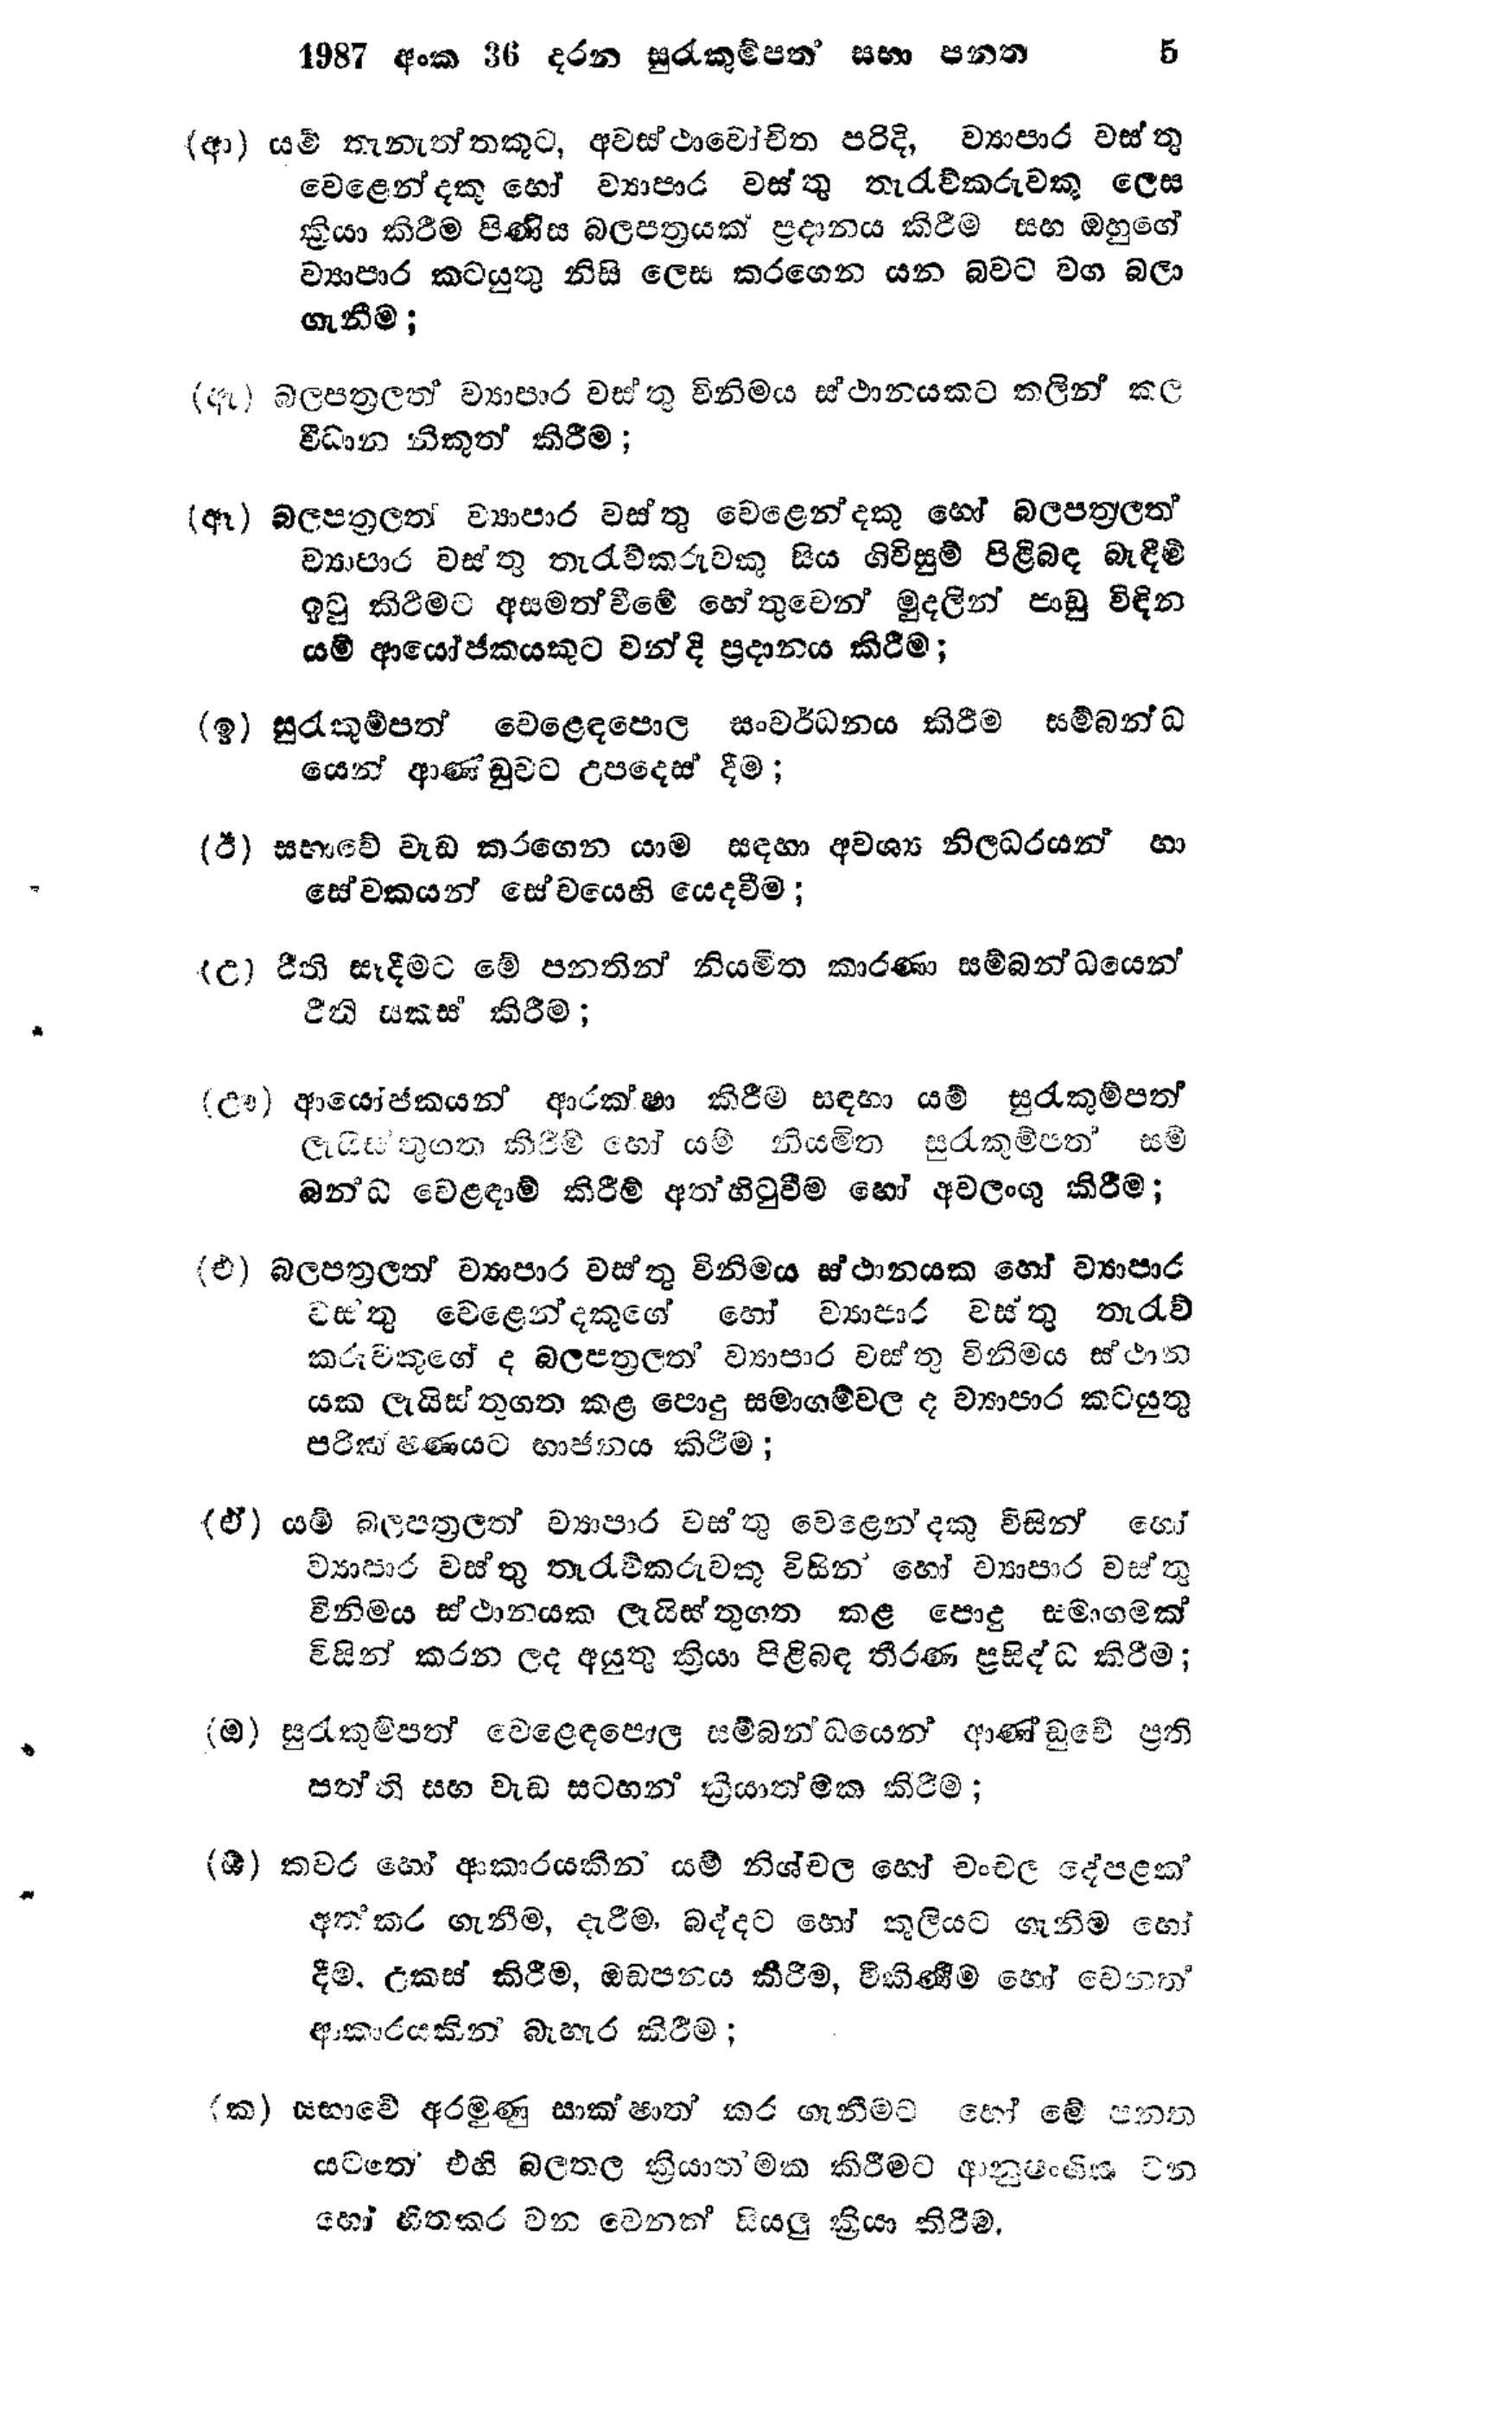
1987 අංක 36 දරන සුරැකුම්පත් සභා පනත 5

(ආ) යම් තැනැත්තකුට, අවස්ථාවෝචිත පරිදි, ව්‍යාපාර වස්තු
වෙළෙන්දකු හෝ ව්‍යාපාර වස්තු තැරැව්කරුවකු ලෙස
ක්‍රියා කිරීම පිණිස බලපත්‍රයක් ප්‍රදානය කිරීම සහ ඔහුගේ
ව්‍යාපාර කටයුතු නිසි ලෙස කරගෙන යන බවට වග බලා
ගැනීම;

(ඇ) බලපත්‍රලත් ව්‍යාපාර වස්තු විනිමය ස්ථානයකට කලින් කල
විධාන නිකුත් කිරීම;

(ඈ) බලපත්‍රලත ව්‍යාපාර වස්තු වෙළෙන්දකු හෝ බලපත්‍රලත්
ව්‍යාපාර වස්තු තැරැව්කරුවකු සිය ගිවිසුම් පිළිබඳ බැඳීම්
ඉටු කිරීමට අසමත්වීමේ හේතුවෙන් මුදලින් පාඩු විඳින
යම් ආයෝජකයකුට වන්දි ප්‍රදානය කිරීම;

(ඉ) සුරැකුම්පත් වෙළෙඳපොල සංවර්ධනය කිරීම සම්බන්ධ
යෙන් ආණ්ඩුවට උපදෙස් දීම;

(ඊ) සභාවේ වැඩ කරගෙන යාම සඳහා අවශ්‍ය නිලධරයන් හා
සේවකයන් සේවයෙහි යෙදවීම;

(උ) රීති සෑදීමට මේ පනතින් නියමිත කාරණා සම්බන්ධයෙන්
රීති සකස් කිරීම;

(ඌ) ආයෝජකයන් ආරක්ෂා කිරීම සඳහා යම් සුරැකුම්පත්
ලැයිස්තුගත කිරීම් හෝ යම් නියමිත සුරැකුම්පත් සම්
බන්ධ වෙළඳාම් කිරීම් අත්හිටුවීම හෝ අවලංගු කිරීම;

(එ) බලපත්‍රලත් ව්‍යාපාර වස්තු විනිමය ස්ථානයක හෝ ව්‍යාපාර
වස්තු වෙළෙන්දකුගේ හෝ ව්‍යාපාර වස්තු තැරැව්
කරුවකුගේ ද බලපත්‍රලත් ව්‍යාපාර වස්තු විනිමය ස්ථාන
යක ලැයිස්තුගත කළ පොදු සමාගම්වල ද ව්‍යාපාර කටයුතු
පරික්ෂණයට භාජනය කිරීම;

(ඒ) යම් බලපත්‍රලත් ව්‍යාපාර වස්තු වෙළෙන්දකු විසින් හෝ
ව්‍යාපාර වස්තු තැරැවිකරුවකු විසින් හෝ ව්‍යාපාර වස්තු
විනිමය ස්ථානයක ලැයිස්තුගත කළ පොදු සමාගමක්
විසින් කරන ලද අයුතු ක්‍රියා පිළිබඳ තීරණ ප්‍රසිද්ධ කිරීම;

(ඔ) සුරැකුම්පත් වෙළෙඳපොළ සම්බන්ධයෙන් ආණ්ඩුවේ ප්‍රති
පත්ති සහ වැඩ සටහන් ක්‍රියාත්මක කිරීම;

(ඕ) කවර හෝ ආකාරයකින් යම් නිශ්චල හෝ චංචල දේපළක්
අත්කර ගැනීම, දැරීම, බද්දට හෝ කුලියට ගැනීම හෝ
දීම, උකස් කිරීම, ඔඩපනය කිරීම, විකිණීම හෝ වෙනත්
ආකාරයකින් බැහැර කිරීම;

(ක) සභාවේ අරමුණු සාක්ෂාත් කර ගැනීමට හෝ මේ පන්ත
යටතේ එහි බලතල ක්‍රියාත්මක කිරීමට ආනුෂංගික වන
හෝ හිතකර වන වෙනක් සියලු ක්‍රියා කිරීම.